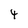
Character: 4